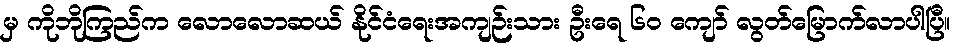
မှ ကိုဘိုကြည်က လောလောဆယ် နိုင်ငံရေးအကျဉ်းသား ဦးရေ ၆၀ ကျော် လွတ်မြောက်လာပါပြီ။